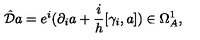
\hat { { \cal { D } } } a = e ^ { i } ( \partial _ { i } a + \frac { i } { h } [ \gamma _ { i } , a ] ) \in \Omega _ { A } ^ { 1 } ,